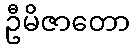
ဦမိဇာတော